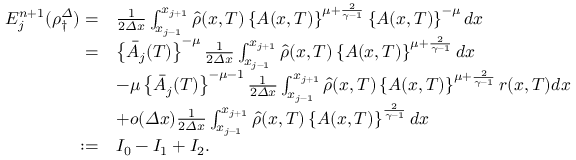
\begin{array} { r l } { E _ { j } ^ { n + 1 } ( \rho _ { \dagger } ^ { \varDelta } ) = } & { \frac 1 { 2 { \varDelta } x } \int _ { x _ { j - 1 } } ^ { x _ { j + 1 } } \hat { \rho } ( x , T ) \left\{ A ( x , T ) \right\} ^ { \mu + \frac { 2 } { \gamma - 1 } } \left\{ A ( x , T ) \right\} ^ { - \mu } d x } \\ { = } & { \left\{ \bar { A } _ { j } ( T ) \right\} ^ { - \mu } \frac 1 { 2 { \varDelta } x } \int _ { x _ { j - 1 } } ^ { x _ { j + 1 } } \hat { \rho } ( x , T ) \left\{ A ( x , T ) \right\} ^ { \mu + \frac { 2 } { \gamma - 1 } } d x } \\ & { - \mu \left\{ \bar { A } _ { j } ( T ) \right\} ^ { - \mu - 1 } \frac 1 { 2 { \varDelta } x } \int _ { x _ { j - 1 } } ^ { x _ { j + 1 } } \hat { \rho } ( x , T ) \left\{ A ( x , T ) \right\} ^ { \mu + \frac { 2 } { \gamma - 1 } } r ( x , T ) d x } \\ & { + o ( { \varDelta } x ) \frac 1 { 2 { \varDelta } x } \int _ { x _ { j - 1 } } ^ { x _ { j + 1 } } \hat { \rho } ( x , T ) \left\{ A ( x , T ) \right\} ^ { \frac { 2 } { \gamma - 1 } } d x } \\ { : = } & { I _ { 0 } - I _ { 1 } + I _ { 2 } . } \end{array}